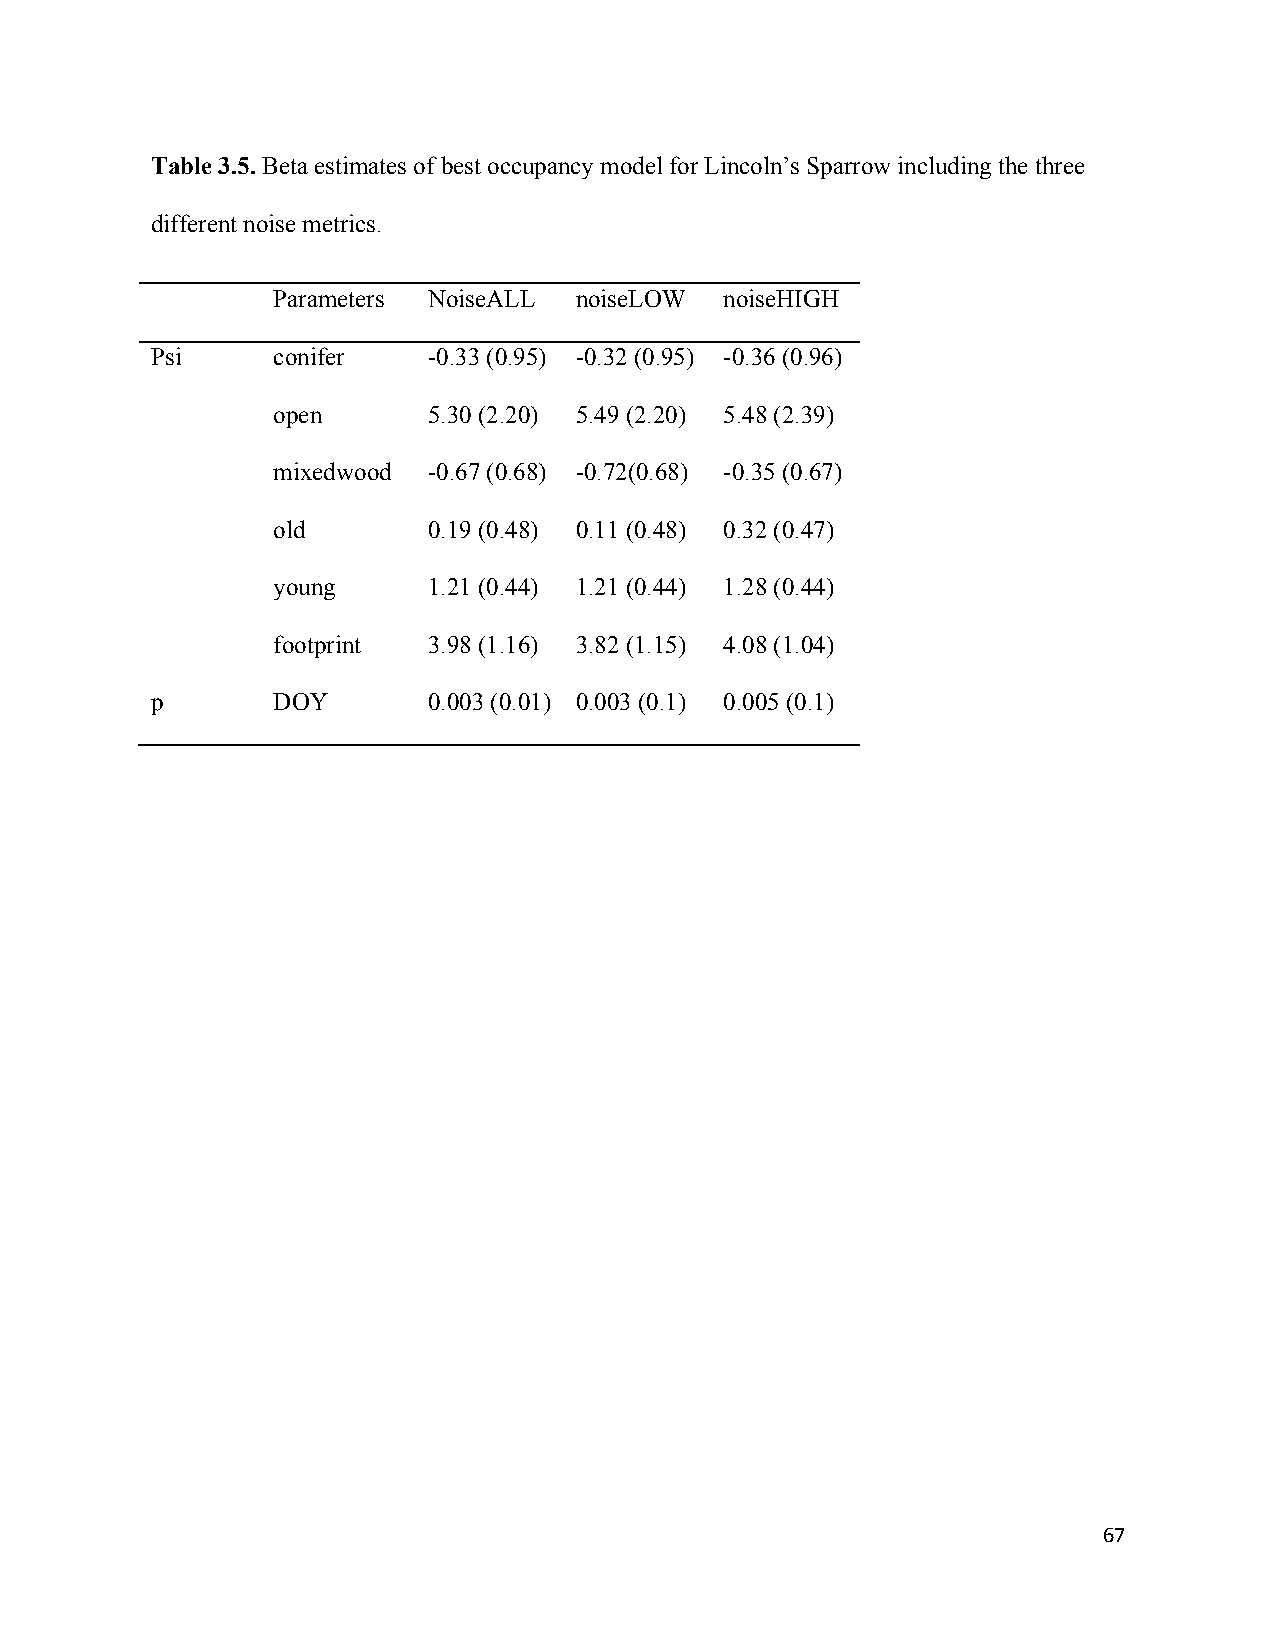
Table 3.5. Beta estimates of best occupancy model for Lincoln’s Sparrow including the three
 different noise metrics.
 Parameters NoiseALL noiseLOW  noiseHIGH
 Psi     conifer   -0.33 (0.95) -0.32 (0.95) -0.36 (0.96)
 open      5.30 (2.20) 5.49 (2.20) 5.48 (2.39)
 mixedwood -0.67 (0.68) -0.72(0.68) -0.35 (0.67)
 old       0.19 (0.48) 0.11 (0.48) 0.32 (0.47)
 young     1.21 (0.44) 1.21 (0.44) 1.28 (0.44)
 footprint 3.98 (1.16) 3.82 (1.15) 4.08 (1.04)
 p       DOY       0.003 (0.01) 0.003 (0.1) 0.005 (0.1)
 67